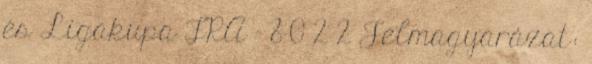
és Ligakupa FRA - 8 0 2 2 Jelmagyarázat: